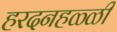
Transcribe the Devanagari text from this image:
हरदनहळ्ळी